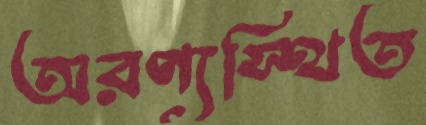
অরণ্যস্থিত